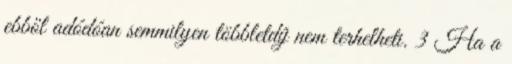
ebből adódóan semmilyen többletdíj nem terhelheti. 3 Ha a